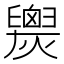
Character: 𱬧